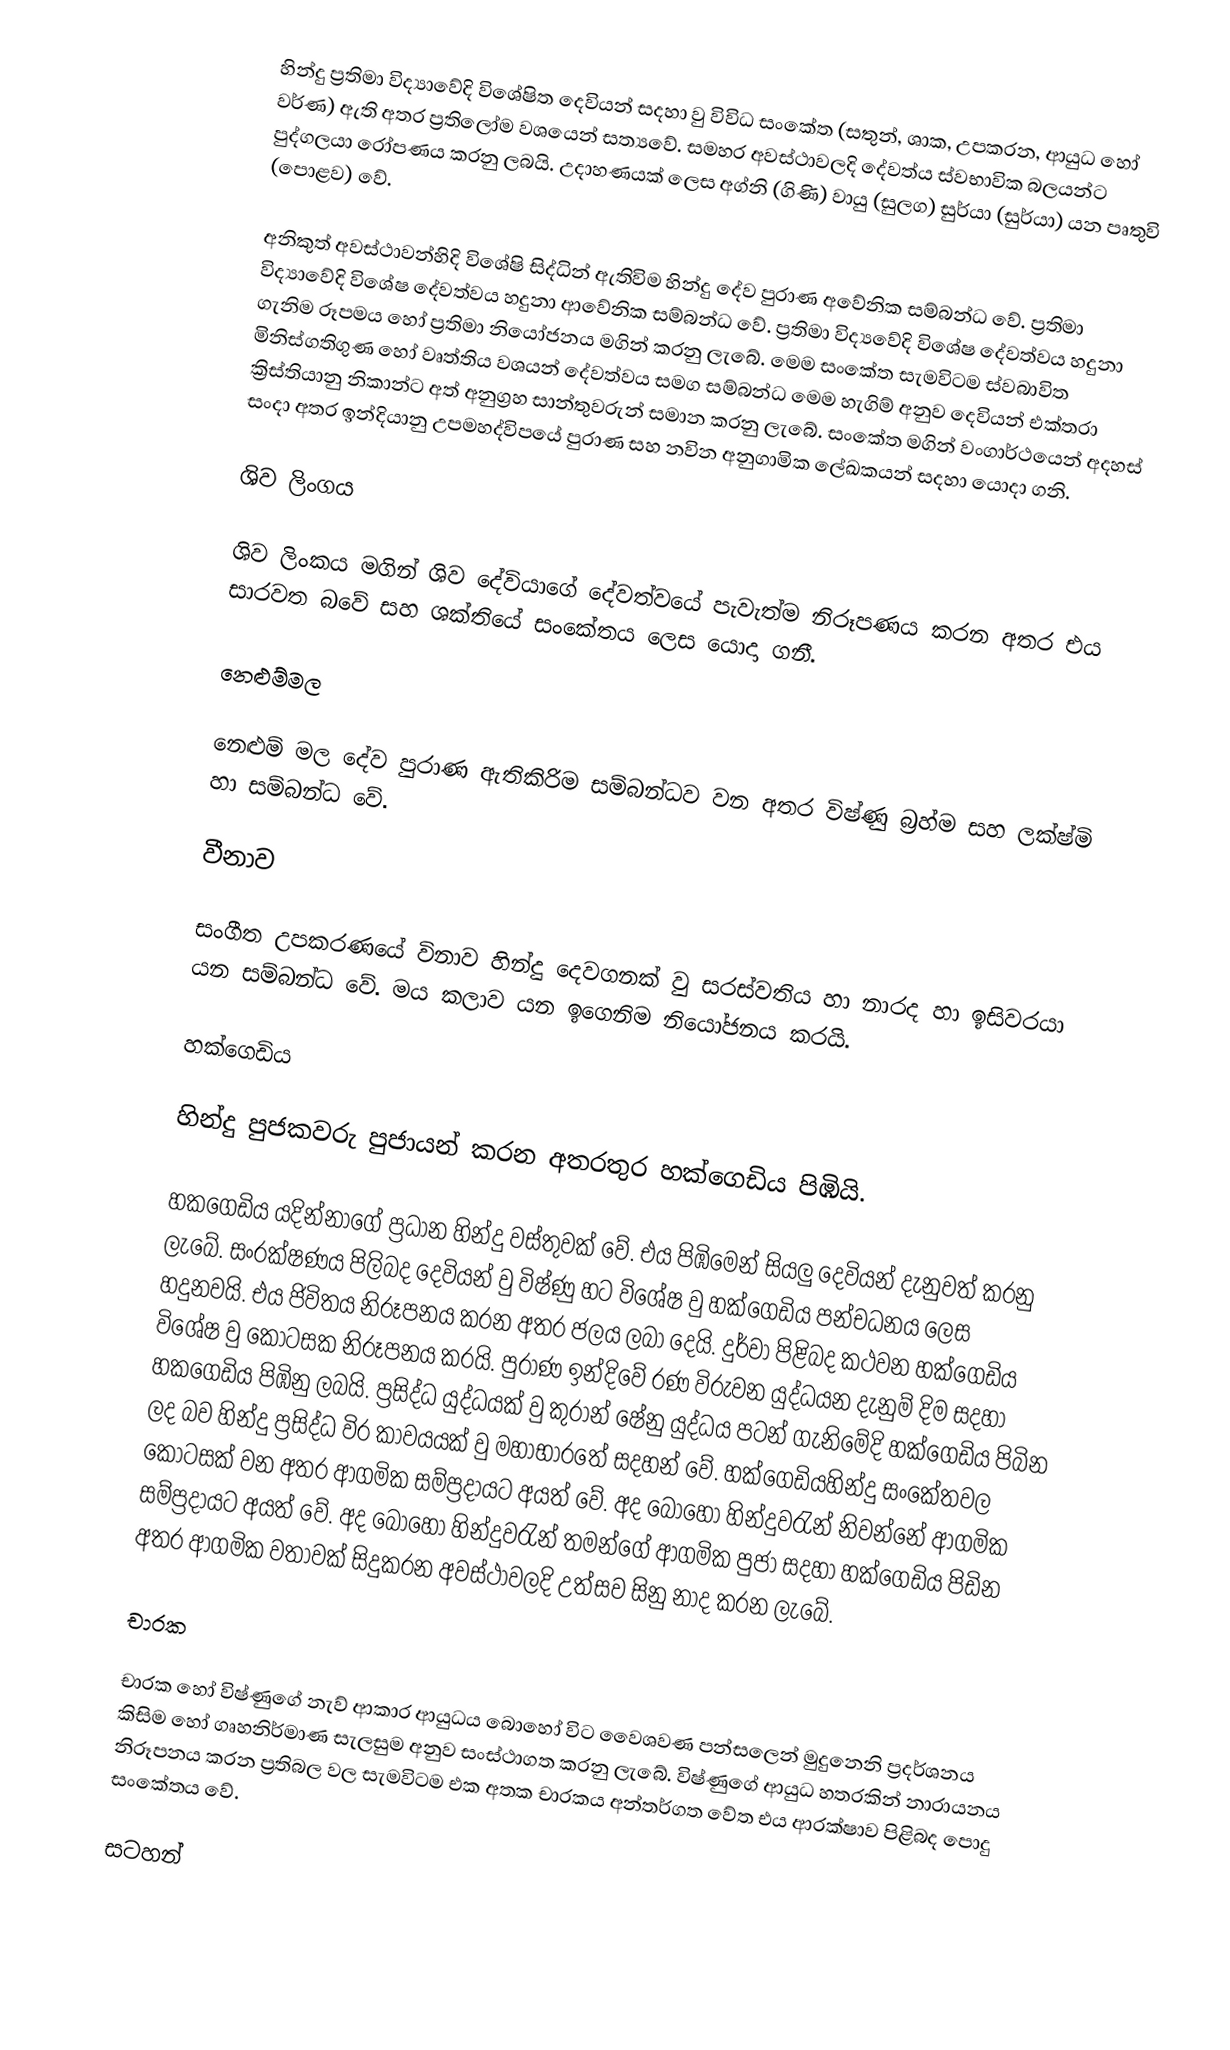
හින්දු ප්‍රතිමා විද්‍යාවේදි විශේෂිත දෙවියන් සදහා වු විවිධ සංකේත (සතුන්, ශාක, උපකරන, ආයුධ හෝ වර්ණ) ඇති අතර ප්‍රතිලෝම වශයෙන් සත්‍යවේ. සමහර අවස්ථාවලදි දේවත්ය ස්වභාවික බලයන්ට පුද්ගලයා රෝපණය කරනු ලබයි. උදාහණයක් ලෙස අග්නි (ගිණි) වායු (සුලග) සුර්යා (සුර්යා) යන පෘතුවි (පොළව) වේ.

අනිකුත් අවස්ථාවන්හිදි විශේෂි සිද්ධින් ඇතිවිම හින්දු දේව පුරාණ අවේනික සම්බන්ධ ‍වේ. ප්‍රතිමා විද්‍යාවේදි විශේෂ දේවත්වය හදුනා ආවේනික සම්බන්ධ වේ. ප්‍රතිමා විද්‍යවේදි විශේෂ දේවත්වය හදුනා ගැනිම රූපමය හෝ ප්‍රතිමා  නි‍යෝජනය මගින් කරනු ලැබේ. මෙම සං‍කේත සැමවිටම ස්වබාවිත මිනිස්ගතිගුණ හෝ වෘත්තිය වශයන් දේවත්වය සමග සම්බන්ධ මෙම හැගිම් අනුව දෙවියන් එක්තරා ක්‍රිස්තියානු නිකාන්ට අත් අනුග්‍රහ සාන්තුවරුන් සමාන කරනු ලැබේ. සංකේත මගින් වංගාර්ථයෙන් අදහස් සංදා අතර ඉන්දියානු උපමහද්විපයේ පුරාණ සහ නවින අනුගාමික ලේඛකයන් සදහා යොදා ගනි.

ශිව ලිංගය

ශිව ලිංකය මගින් ශිව දේවියාගේ දේවත්වයේ පැවැත්ම නිරූපණය කරන අතර එය සාරවත බවේ සහ ශක්තියේ සං‍කේතය ලෙස යොදා ගනී.

නෙළුම්මල

නෙළුම් මල දේව පුරාණ ඇතිකිරිම සම්බන්ධව වන අතර විෂ්ණු බ්‍රහ්ම සහ ලක්ෂ්මි හා සම්බන්ධ වේ.

වීනාව

සංගීත උපකරණයේ විනාව හින්දු දෙවගනක් වු සරස්වතිය හා නාරද හා ඉසිවරයා යන සම්බන්ධ වේ. මය කලාව යන ඉගෙනිම නියෝජනය කරයි.

හක්ගෙඩිය

හින්දු පුජකවරු පුජායන් කරන අතරතුර හක්ගෙඩිය පිඹියි.

හකගෙඩිය යදින්නාගේ ප්‍රධාන හින්දු වස්තුවක් වේ. එය පිඹිමෙන් සියලු දෙවියන් දැනුවත් කරනු ලැබේ. සංරක්ෂණය පිලිබද දෙවියන් වු විෂ්ණු හට විශේෂ වු හක්ගෙඩිය පන්චධනය ලෙස හදුනවයි. එය ජිවිතය නිරූපනය කරන අතර ජලය ලබා දෙයි. දුර්වා පිළිබද කථවන හක්ගෙඩිය විශේෂ වු කොටසක නිරූපනය කරයි. පුරාණ ඉන්දිවේ රණ විරුවන යුද්ධයන දැනුම් දිම සදහා හකගෙඩිය පිඹිනු ලබයි. ප්‍රසිද්ධ යුද්ධයක් වු කුරාන්‍ ෂේනු යුද්ධ‍ය පටන් ගැනිමේදි හක්ගෙඩිය පිබින ලද බව හින්දු ප්‍රසිද්ධ විර කාවයයක් වු මහාභාරතේ සදහන් වේ. හක්ගෙඩියහින්දු සංකේතවල කොටසක් වන අතර ආගමික සම්ප්‍රදාය‍ට අයත් වේ. අද බොහෝ හින්දුවරැන් නිවන්නේ ආගමික සම්ප්‍රදායට අයත් වේ. අද බොහෝ හින්දුවරැන් තමන්ගේ ආගමික පුජා සදහා හක්ගෙඩිය පිඩින අතර ආගමික වතාවක් සිදුකරන අවස්ථාවලදි උත්සව සිනු නාද කරන ලැබේ.

චාරක

චාරක හෝ විෂ්ණුගේ නැව් ආකාර ආයුධය බොහෝ වි‍ට වෛශවණ පන්සලෙන් මුදු‍නෙනි ප්‍රදර්ශනය කිසිම හෝ ගෘහනිර්මාණ සැලසුම අනුව සංස්ථාගත කරනු ලැබේ. විෂ්ණුගේ ආයුධ හතරකින් නාරායනය නිරූපනය කරන ප්‍රතිබල වල සැමවිටම එක අතක චාරකය අන්තර්ගත වේත එය ආරක්ෂාව පිළිබද පොදු සංකේතය වේ.

සටහන්